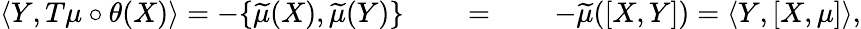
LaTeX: \langle Y,T\mu\circ\theta(X)\rangle=-\{ \widetilde{\mu}(X),\widetilde{\mu}(Y)\} \qquad=\qquad-\widetilde{\mu}([X,Y])=\langle Y,[X,\mu]\rangle,